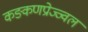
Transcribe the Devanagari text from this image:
कङ्कणप्रोज्ज्वलं